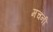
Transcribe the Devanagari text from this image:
मचनी